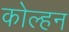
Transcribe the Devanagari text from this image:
कोल्हन